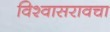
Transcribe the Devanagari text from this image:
विश्वासरावचा